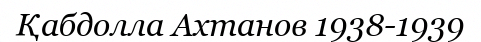
Қабдолла Ахтанов 1938-1939